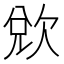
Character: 𭭌